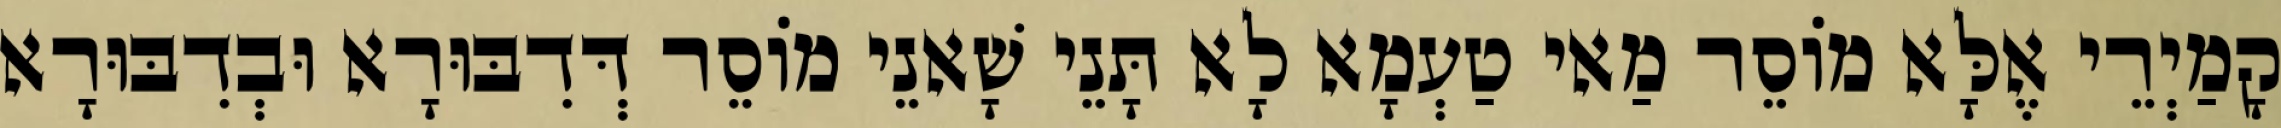
קָמַיְרֵי אֶלָּא מוֹסֵר מַאי טַעְמָא לָא תָּנֵי שָׁאנֵי מוֹסֵר דְּדִבּוּרָא וּבְדִבּוּרָא